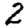
Digit: 2